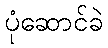
ပုံဆောင်ခဲ